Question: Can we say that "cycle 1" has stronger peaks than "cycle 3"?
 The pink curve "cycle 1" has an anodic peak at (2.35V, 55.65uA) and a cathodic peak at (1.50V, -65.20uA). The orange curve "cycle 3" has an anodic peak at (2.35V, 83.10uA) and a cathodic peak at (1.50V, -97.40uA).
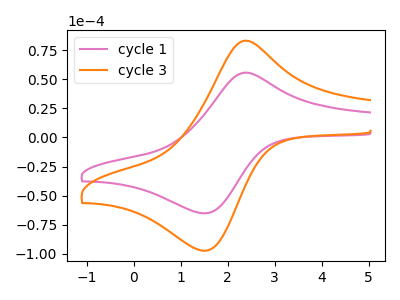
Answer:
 <answer>Every peak in "cycle 1" is lower than every peak in "cycle 3".</answer>
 <eval>lower</eval>